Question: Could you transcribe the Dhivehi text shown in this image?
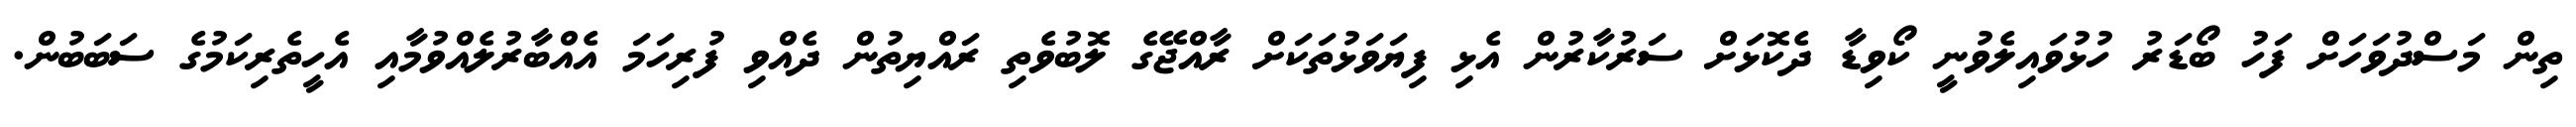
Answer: ތިން މަސްދުވަހަށް ފަހު ބޯޑަރު ހުޅުވައިލެވުނީ ކޯވިޑާ ދެކޮޅަށް ސަރުކާރުން އެޅި ފިޔަވަޅުތަކަށް ރާއްޖޭގެ ލޮބުވެތި ރައްޔިތުން ދެއްވި ފުރިހަމަ އެއްބާރުލެއްވުމާއި އެހީތެރިކަމުގެ ސަބަބުން.